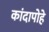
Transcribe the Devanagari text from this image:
कांदापोहे